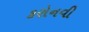
કરોનવી